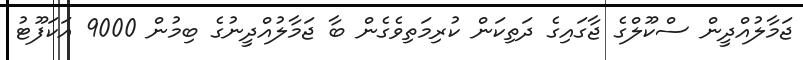
ޖަމާލުއްދީން ސްކޫލްގެ ޖާގައިގެ ދަތިކަން ކުރިމަތިވެގެން ބާ ޖަމާލުއްދީނުގެ ބިމުން 9000 އަކަފޫޓު